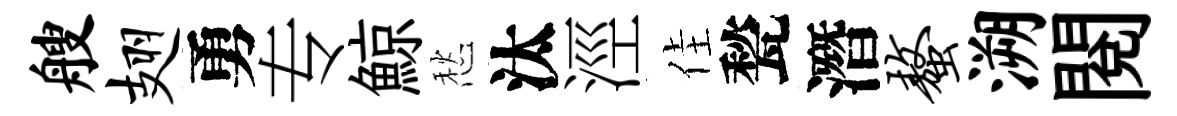
艘翅勇专鯨愁汰涇佳甃潛螯溯閱